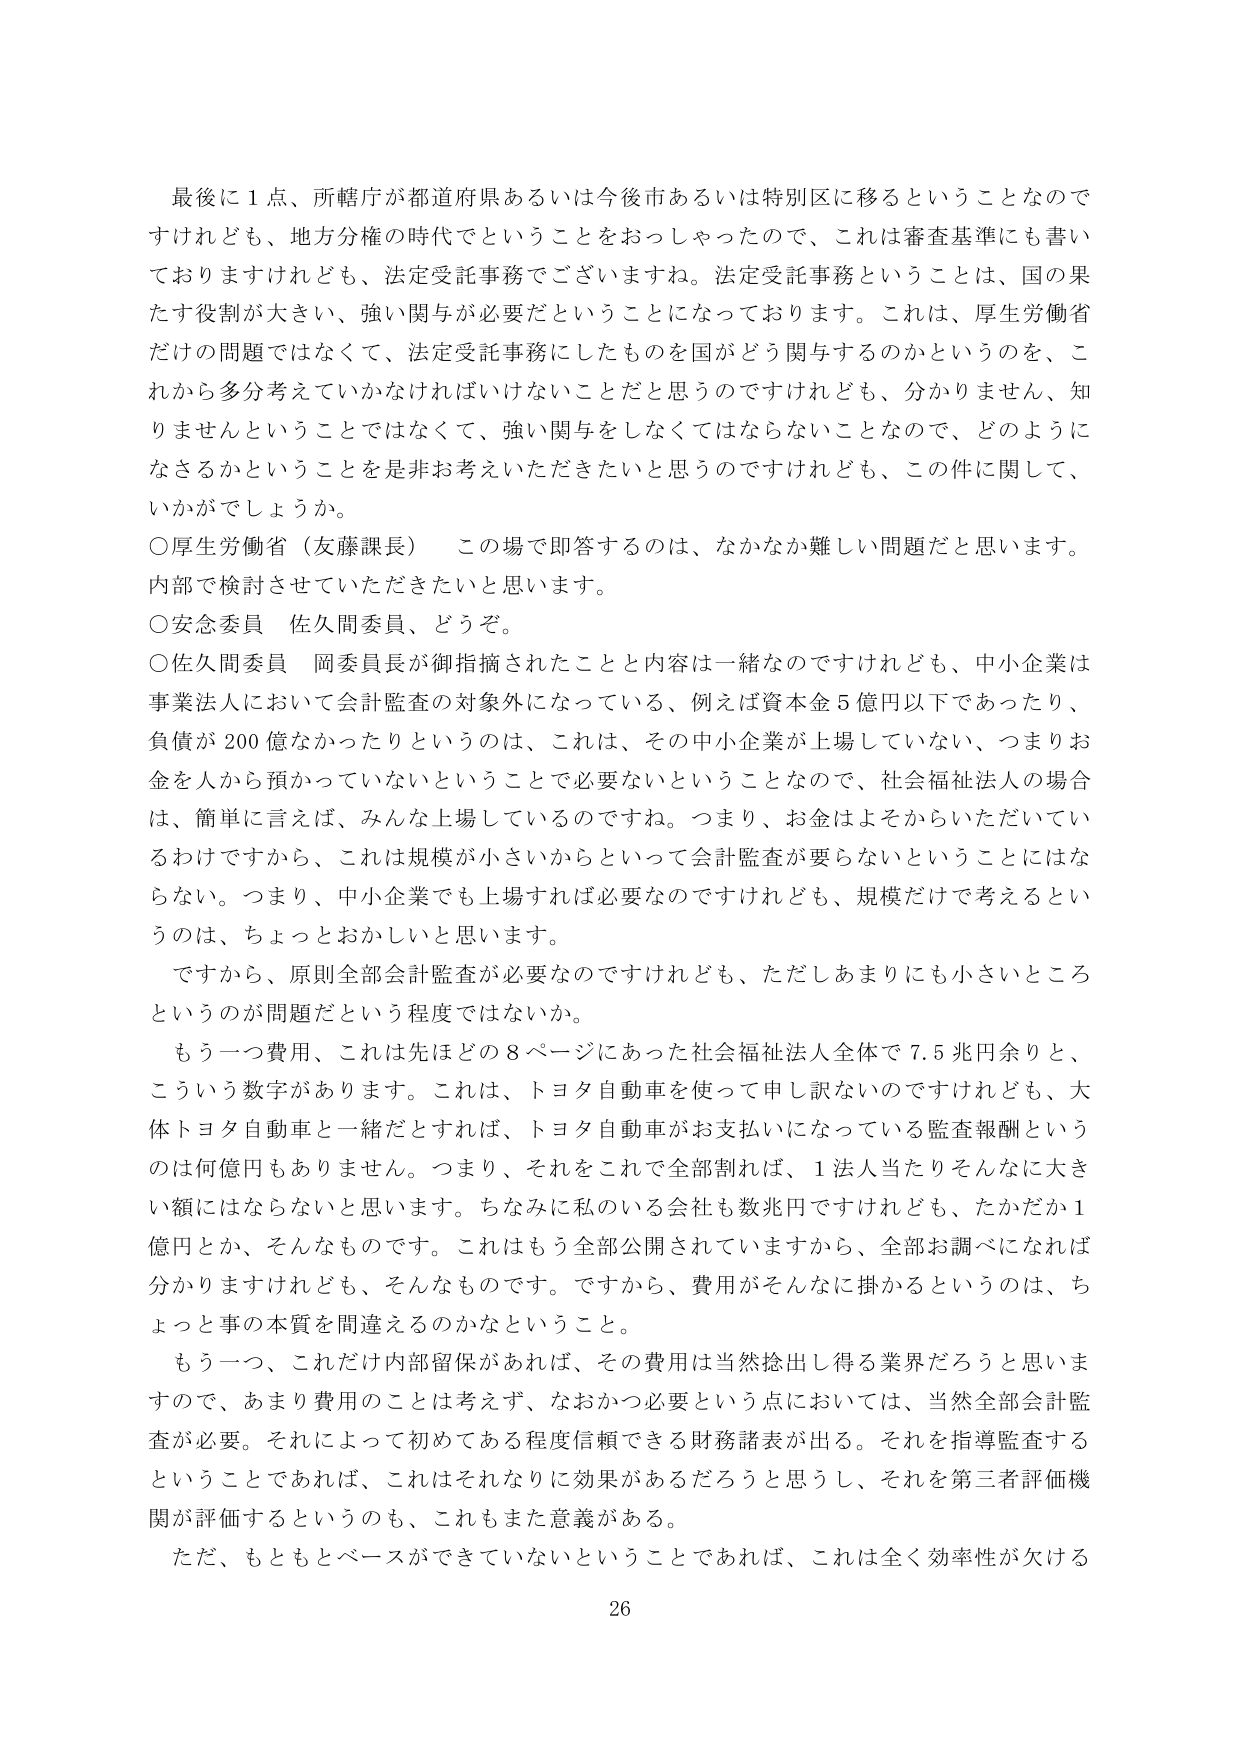
最後に１点、所轄庁が都道府県あるいは今後市あるいは特別区に移るということなので
すけれども、地方分権の時代でということをおっしゃったので、これは審査基準にも書い
ておりますけれども、法定受託事務でございますね。法定受託事務ということは、国の果
たす役割が大きい、強い関与が必要だということになっております。これは、厚生労働省
だけの問題ではなくて、法定受託事務にしたものを国がどう関与するのかというのを、こ
れから多分考えていかなければならないことだと思うのですけれども、分かりません、知
りませんということではなくて、強い関与をしなくてはならないことなので、どのように
なるかということを是非お考えいただきたいと思うのですけれども、この件に関して、
いかがでしょうか。

○厚生労働省（友藤課長）　この場で即答するのは、なかなか難しい問題だと思います。
内部で検討させていただきたいと思います。

○安念委員　佐久間委員、どうぞ。

○佐久間委員　岡委員長が御指摘されたことと内容は一緒なのですけれども、中小企業は
事業法人において会計監査の対象外になっている、例えば資本金５億円以下であったり、
負債が200億なかったりというのは、これは、その中小企業が上場していない、つまりお
金を人から預かっていないということで必要ないということなので、社会福祉法人の場合
は、簡単に言えば、みんな上場しているのですね。つまり、お金はよそからいただいてい
るわけですから、これは規模が小さいからといって会計監査が要らないということにはな
らない。つまり、中小企業でも上場すれば必要なのですけれども、規模だけを考えるとい
うのは、ちょっとおかしいと思います。

ですから、原則全部会計監査が必要なのですけれども、ただしあまりにも小さいところ
というのが問題だという程度ではないか。

もう一つ費用、これは先ほどの８ページにあった社会福祉法人全体で７．５兆円余りと、
こういう数字があります。これは、トヨタ自動車を使って申し訳ないのですけれども、大
体トヨタ自動車と一緒だとすれば、トヨタ自動車がお支払いになっている監査報酬という
のは何億円もありません。つまり、それをこれで全部割れば、１法人当たりそんなに大き
い額にはならないと思います。ちなみに私のいる会社も数兆円ですけれども、たかだか１
億円とか、そんなものです。これはもう全部公開されていますから、全部お調べになれば
分かりますけれども、そんなものです。ですから、費用がそんなに掛かるというのは、ち
ょっと事の本質を間違えるのかなということ。

もう一つ、これだけ内部留保があれば、その費用は当然捻出し得る業界だろうと思いま
すので、あまり費用のことは考えず、なおかつ必要という点においては、当然全部会計監
査が必要。それによって初めてある程度信頼できる財務諸表が出る。それを指導監査する
ということであれば、これはそれなりに効果があるだろうと思うし、それを第三者評価機
関が評価するというのも、これもまた意義がある。

ただ、もともとベースができていないということであれば、これは全く効率性が欠ける

26